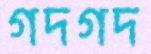
গদগদ